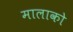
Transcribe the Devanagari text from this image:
मालाको